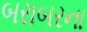
બરાબરના